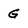
Character: G